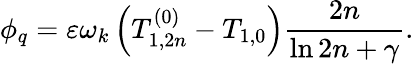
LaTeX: \phi_{q}=\varepsilon\omega_{k}\left(T_{1,2n}^{\left(0\right)}-T_{1,0}\right)\frac{2n}{\ln 2n+\gamma}.